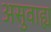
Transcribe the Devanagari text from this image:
असुवाह्य